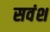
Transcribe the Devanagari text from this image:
सवंश